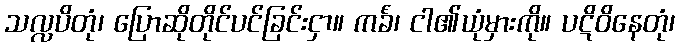
သလ္လပိတုံ၊ ပြောဆိုတိုင်ပင်ခြင်းငှာ။ ကင်္ခံ၊ ငါ၏ယုံမှားကို။ ပဋိဝိနေတုံ၊